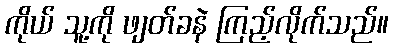
ကိုယ် သူ့ကို ဖျတ်ခနဲ ကြည့်လိုက်သည်။